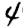
Digit: 4